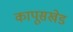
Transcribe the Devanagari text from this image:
कापूसखेड